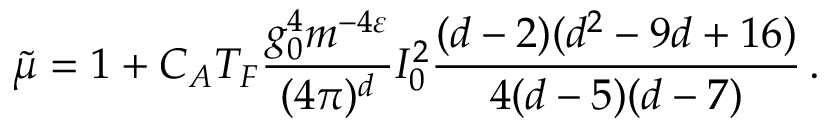
\tilde { \mu } = 1 + C _ { A } T _ { F } \frac { g _ { 0 } ^ { 4 } m ^ { - 4 \varepsilon } } { ( 4 \pi ) ^ { d } } I _ { 0 } ^ { 2 } \frac { ( d - 2 ) ( d ^ { 2 } - 9 d + 1 6 ) } { 4 ( d - 5 ) ( d - 7 ) } \, .